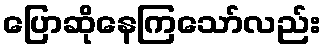
ပြောဆိုနေကြသော်လည်း